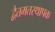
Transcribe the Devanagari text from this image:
द्वैतमतस्थापक